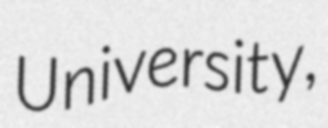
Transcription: University,